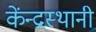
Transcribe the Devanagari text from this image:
केंन्द्रस्थानी